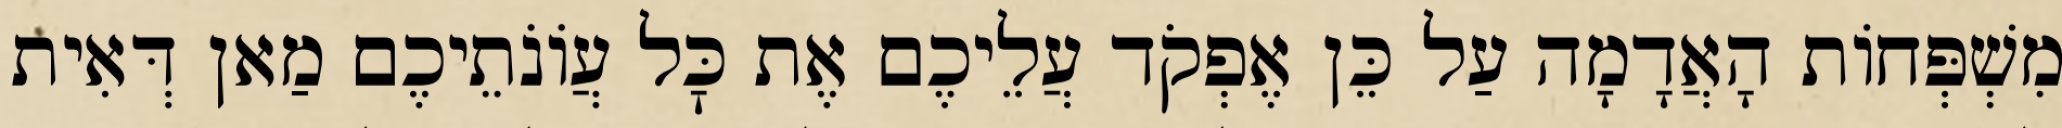
מִשְׁפְּחוֹת הָאֲדָמָה עַל כֵּן אֶפְקֹד עֲלֵיכֶם אֶת כׇּל עֲוֹנֹתֵיכֶם מַאן דְּאִית